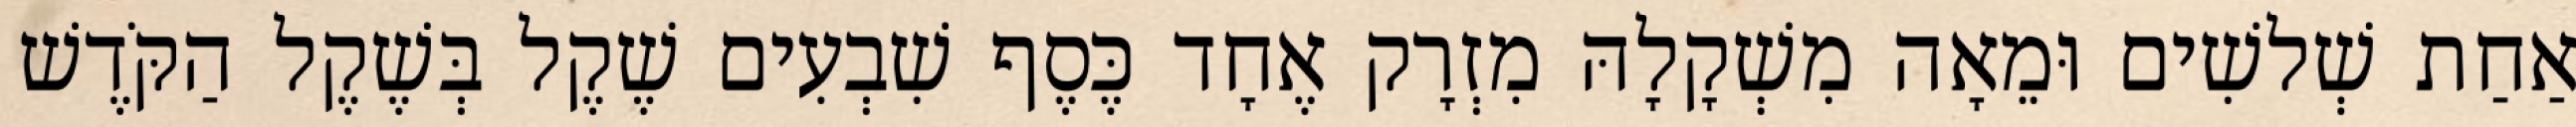
אַחַת שְׁלשִׁים וּמֵאָה מִשְׁקָלָהּ מִזְרָק אֶחָד כֶּסֶף שִׁבְעִים שֶׁקֶל בְּשֶׁקֶל הַקֹּדֶשׁ